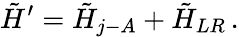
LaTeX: \tilde{H}^{\prime}=\tilde{H}_{j-A}+\tilde{H}_{LR}\, .